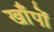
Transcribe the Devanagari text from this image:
खाँपों